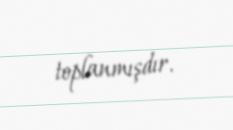
toplanmışdır.